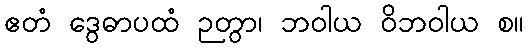
ဧတံ ဒွေဓာပထံ ဉတွာ၊ ဘဝါယ ဝိဘဝါယ စ။